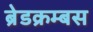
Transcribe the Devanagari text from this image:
ब्रेडक्रम्बस